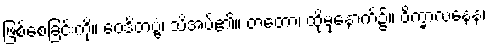
ဖြစ်စေခြင်းကို။ ဝေဒိတဗ္ဗံ၊ သိအပ်၏။ တတော၊ ထိုမှနောက်၌။ ဝိက္ခာလနေန၊